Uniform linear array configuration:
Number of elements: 48
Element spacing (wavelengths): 0.5
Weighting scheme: uniform
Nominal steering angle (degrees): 30
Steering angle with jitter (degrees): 29.006
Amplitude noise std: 0.05
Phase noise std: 0.05

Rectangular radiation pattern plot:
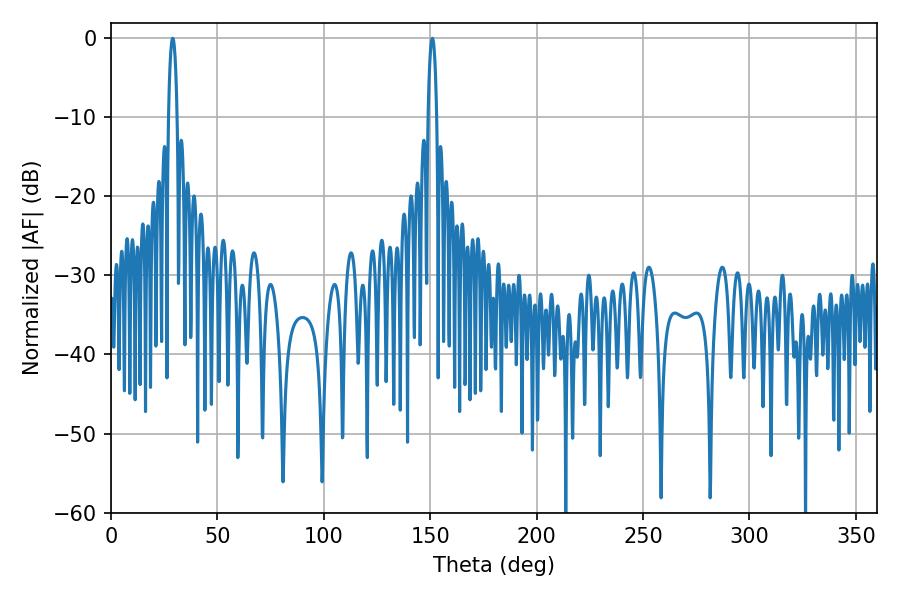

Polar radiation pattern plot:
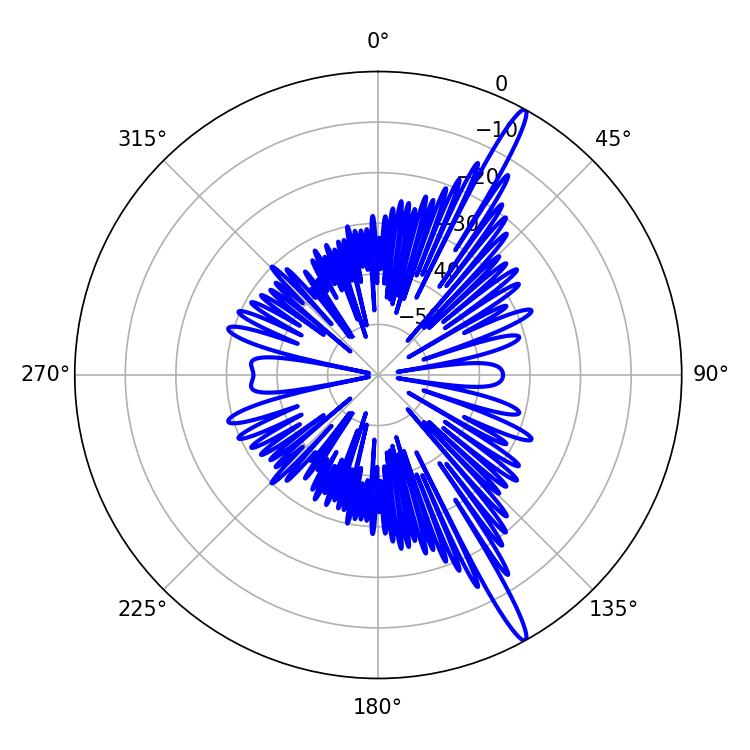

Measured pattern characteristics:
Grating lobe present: FALSE
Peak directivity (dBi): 16.401
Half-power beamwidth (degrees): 2.16
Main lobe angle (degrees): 28.98